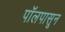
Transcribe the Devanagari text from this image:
पॉलपासून